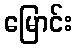
မြောင်း